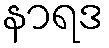
နာရဒ